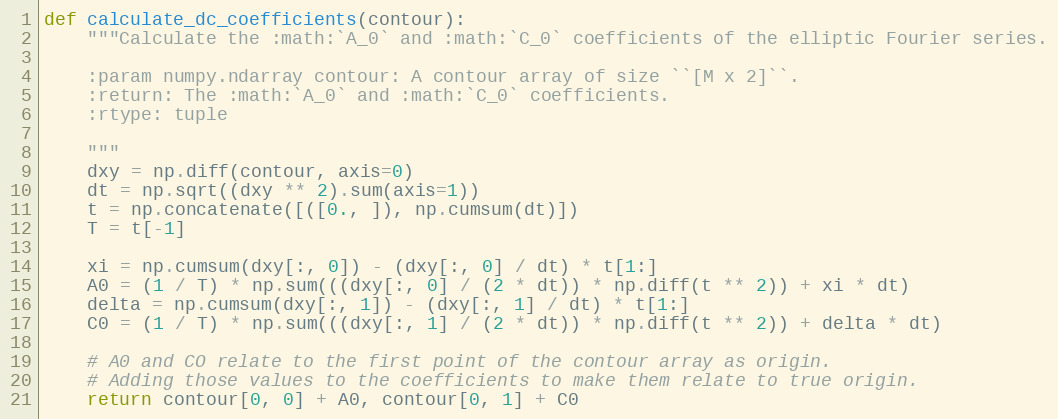
Language: Python
def calculate_dc_coefficients(contour):
    """Calculate the :math:`A_0` and :math:`C_0` coefficients of the elliptic Fourier series.

    :param numpy.ndarray contour: A contour array of size ``[M x 2]``.
    :return: The :math:`A_0` and :math:`C_0` coefficients.
    :rtype: tuple

    """
    dxy = np.diff(contour, axis=0)
    dt = np.sqrt((dxy ** 2).sum(axis=1))
    t = np.concatenate([([0., ]), np.cumsum(dt)])
    T = t[-1]

    xi = np.cumsum(dxy[:, 0]) - (dxy[:, 0] / dt) * t[1:]
    A0 = (1 / T) * np.sum(((dxy[:, 0] / (2 * dt)) * np.diff(t ** 2)) + xi * dt)
    delta = np.cumsum(dxy[:, 1]) - (dxy[:, 1] / dt) * t[1:]
    C0 = (1 / T) * np.sum(((dxy[:, 1] / (2 * dt)) * np.diff(t ** 2)) + delta * dt)

    # A0 and CO relate to the first point of the contour array as origin.
    # Adding those values to the coefficients to make them relate to true origin.
    return contour[0, 0] + A0, contour[0, 1] + C0